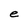
Character: e